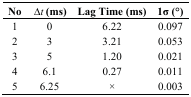
<table><thead><tr><td><b>No</b></td><td><b>Δ<i><sub>t</sub></i> (ms)</b></td><td><b>Lag Time (ms)</b></td><td><b>1σ (°)</b></td></tr></thead><tbody><tr><td>1</td><td>0</td><td>6.22</td><td>0.097</td></tr><tr><td>2</td><td>3</td><td>3.21</td><td>0.053</td></tr><tr><td>3</td><td>5</td><td>1.20</td><td>0.021</td></tr><tr><td>4</td><td>6.1</td><td>0.27</td><td>0.011</td></tr><tr><td>5</td><td>6.25</td><td>×</td><td>0.003</td></tr></tbody></table>